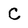
Character: C